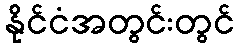
နိုင်ငံအတွင်းတွင်